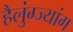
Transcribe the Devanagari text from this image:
हैलुंग्ज्यांग